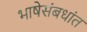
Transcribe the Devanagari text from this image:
भाषेसंबधांत